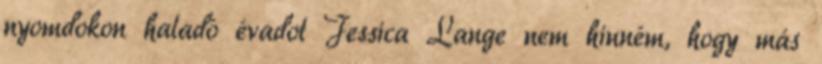
nyomdokon haladó évadot Jessica Lange nem hinném, hogy más